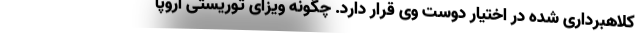
کلاهبرداری شده در اختیار دوست وی قرار دارد. چگونه ویزای توریستی اروپا